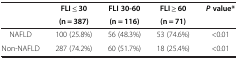
<table><thead><tr><td rowspan="2"><b> </b></td><td><b>FLI ≤ 30</b></td><td><b>FLI 30-60</b></td><td><b>FLI ≥ 60</b></td><td rowspan="2"><b><i>P </i>value*</b></td></tr><tr><td><b>(n = 387)</b></td><td><b>(n = 116)</b></td><td><b>(n = 71)</b></td></tr></thead><tbody><tr><td>NAFLD</td><td>100 (25.8%)</td><td>56 (48.3%)</td><td>53 (74.6%)</td><td>&lt;0.01</td></tr><tr><td>Non-NAFLD</td><td>287 (74.2%)</td><td>60 (51.7%)</td><td>18 (25.4%)</td><td>&lt;0.01</td></tr></tbody></table>